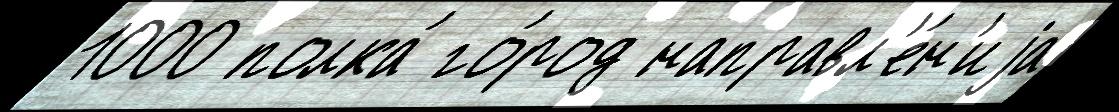
1000 полка́ го́род направл'е́н'иjа